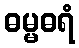
ဓမ္မဓရံ